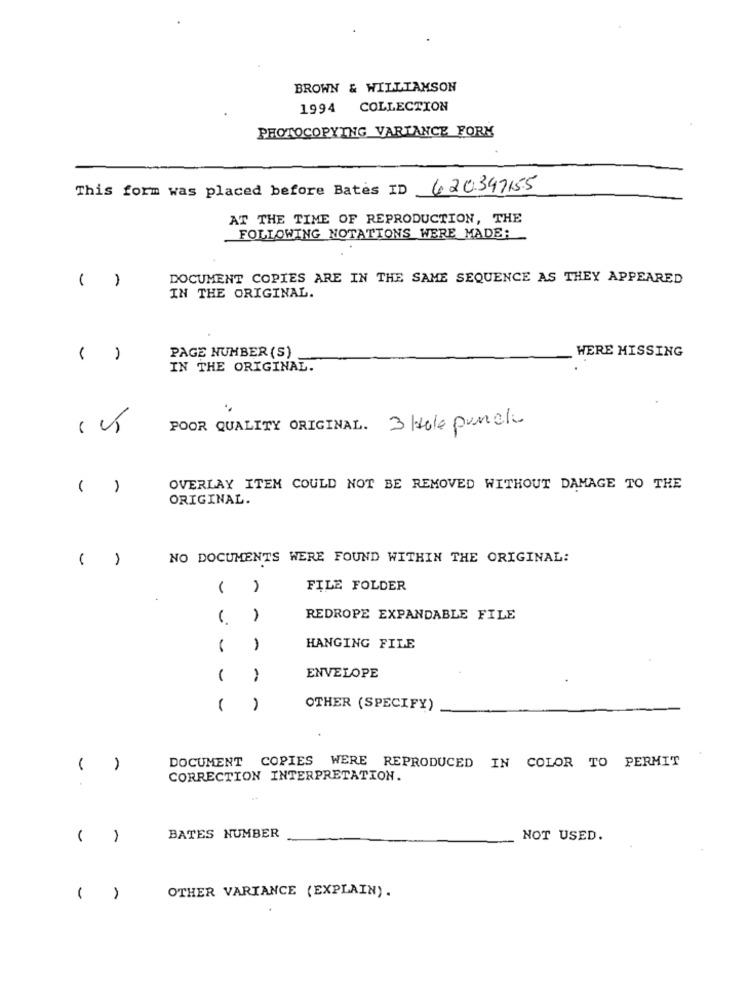
BROWN & WILLIAMSON
1994 COLLECTION
PHOTOCOPYING VARIANCE FORM
This form was placed before Bates ID 620347155
AT THE TIME OF REPRODUCTION, THE
FOLLOWING NOTATIONS WERE MADE:
( )
DOCUMENT COPIES ARE IN THE SAME SEQUENCE AS THEY APPEARED
IN THE ORIGINAL.
WERE MISSING
( )
PAGE NUMBER (S)
IN THE ORIGINAL.
POOR QUALITY ORIGINAL. 3 Hole punch
( )
OVERLAY ITEM COULD NOT BE REMOVED WITHOUT DAMAGE TO THE
ORIGINAL.
( )
NO DOCUMENTS WERE FOUND WITHIN THE ORIGINAL:
( )
FILE FOLDER
REDROPE EXPANDABLE FILE
HANGING FILE
ENVELOPE
OTHER (SPECIFY)
DOCUMENT COPIES WERE REPRODUCED IN COLOR TO PERMIT
( )
CORRECTION INTERPRETATION.
BATES NUMBER
NOT USED.
1
OTHER VARIANCE (EXPLAIN).